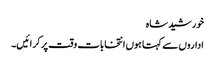
خورشید شاہ
اداروں سے کہتا ہوں انتخابات وقت پر کرائیں۔